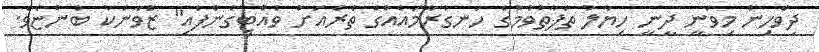
ދިވެހިން މިވަނީ ދީނީ ހިޔާލު ތަފާތުވުމުގެ ހަނގުރާމައެއްގެ ތެރެއަށް ވެއްޓިގެންފައި" ޒުވާނަކު ބުންޏެވެ.